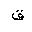
Letter: _qaf